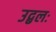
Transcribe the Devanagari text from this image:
उद्बलः